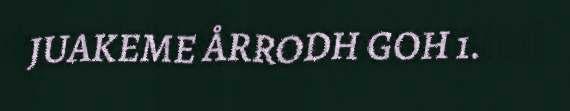
JUAKEME ÅRRODH GOH 1.